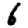
Digit: 6